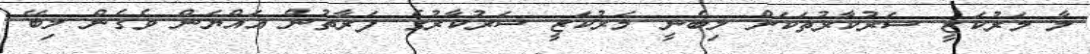
ލާ މަރުކަޒީ ސަރުކާރުތަކަށް ލިބެނީ މަރުކަޒީ ސަރުކާރުގެ ފަރާތުން އައްޔަން ވެގެން ލިބޭ